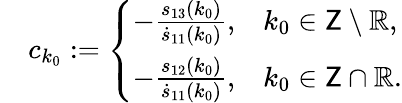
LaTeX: \begin{array}{rl}&{c_{k_{0}}:=\left\{ \begin{array}{ll}{-\frac{s_{13}(k_{0})}{\dot{s}_{11}(k_{0})},}&{k_{0}\in\mathsf{Z}\setminus\mathbb{R},}\\ {-\frac{s_{12}(k_{0})}{\dot{s}_{11}(k_{0})},}&{k_{0}\in\mathsf{Z}\cap\mathbb{R}.}\end{array}\right.}\end{array}